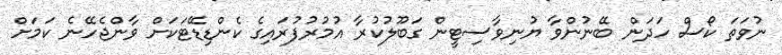
ނުވަތަ ކޯސް ހަދަން ބޭނުންވާ ޔުނިވާސިޓީން ގަބޫލުކުރާ އުމުރުފުރައިގެ ކެންޑިޑޭޓަކަށް ވާންޖެހޭނެ ކަމަށް